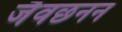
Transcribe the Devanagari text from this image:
जैवछनन